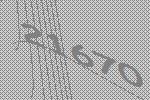
21670